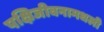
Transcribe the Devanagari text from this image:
पक्षिजीवनामधली